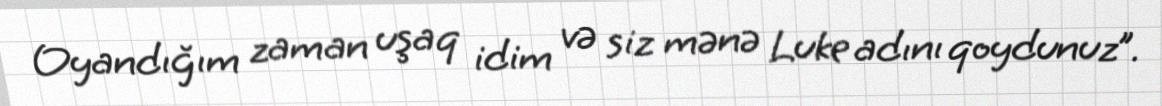
Oyandığım zaman uşaq idim və siz mənə Luke adını qoydunuz”.